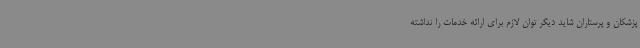
پزشکان و پرستاران شاید دیگر توان لازم برای ارائه خدمات را نداشته